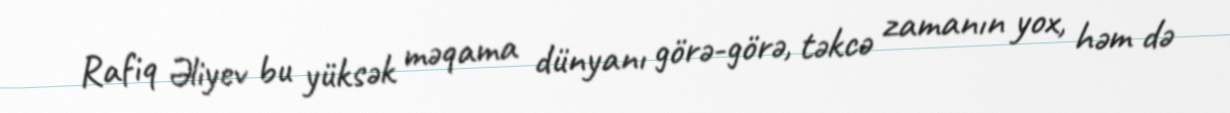
Rafiq Əliyev bu yüksək məqama dünyanı görə-görə, təkcə zamanın yox, həm də